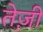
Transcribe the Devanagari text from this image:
ते़ज़ी